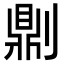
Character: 𠟭